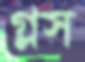
গ্লস